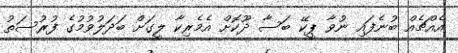
އެއްޗެއް ބުނެފައި ނުވާ ޕީކޭ ބަސާ ދޫކޮށް އެމެރިކާ ލީގަށް ބަދަލުވުމުގެ ފުރުސަތު